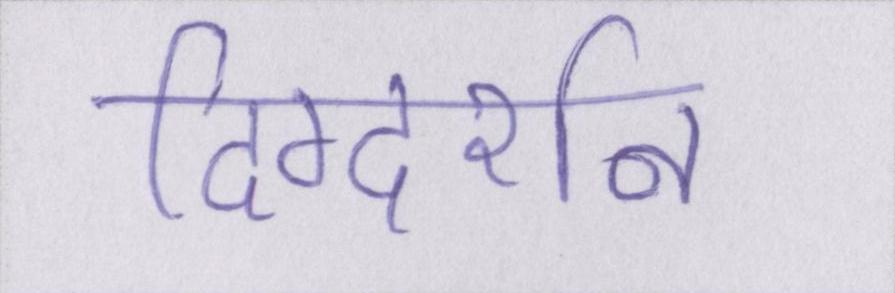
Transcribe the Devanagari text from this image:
दिग्दर्शन